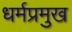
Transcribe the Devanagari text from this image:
धर्मप्रमुख